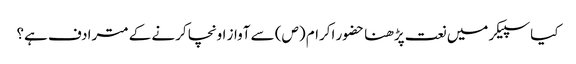
کیا سپیکر میں نعت پڑھنا حضور اکرام (ص) سے آواز اونچا کرنے کے مترادف ہے؟